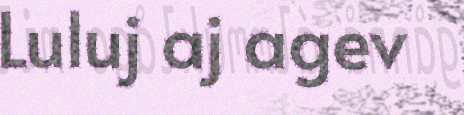
Luluj aj agev